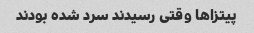
پیتزاها وقتى رسیدند سرد شده بودند